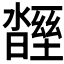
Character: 𣍒